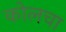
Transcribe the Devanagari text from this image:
कोलचा